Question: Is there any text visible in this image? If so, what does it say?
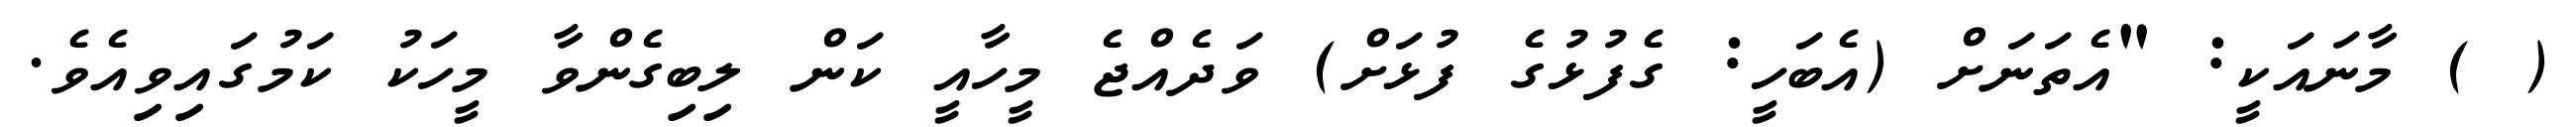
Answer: ( ) މާނައަކީ: "އެތަނަށް (އެބަހީ: ގެފުޅުގެ ފުޅަށް) ވަދެއްޖެ މީހާއީ ކަން ލިބިގެންވާ މީހަކު ކަމުގައިވިއެވެ.